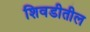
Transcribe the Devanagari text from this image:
शिवडीतील